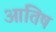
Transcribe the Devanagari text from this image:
आतिष